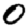
Digit: 0